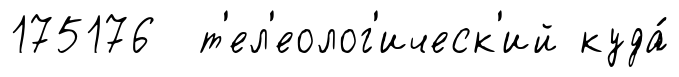
175176 т'ел'еолог'ическ'ий куда́